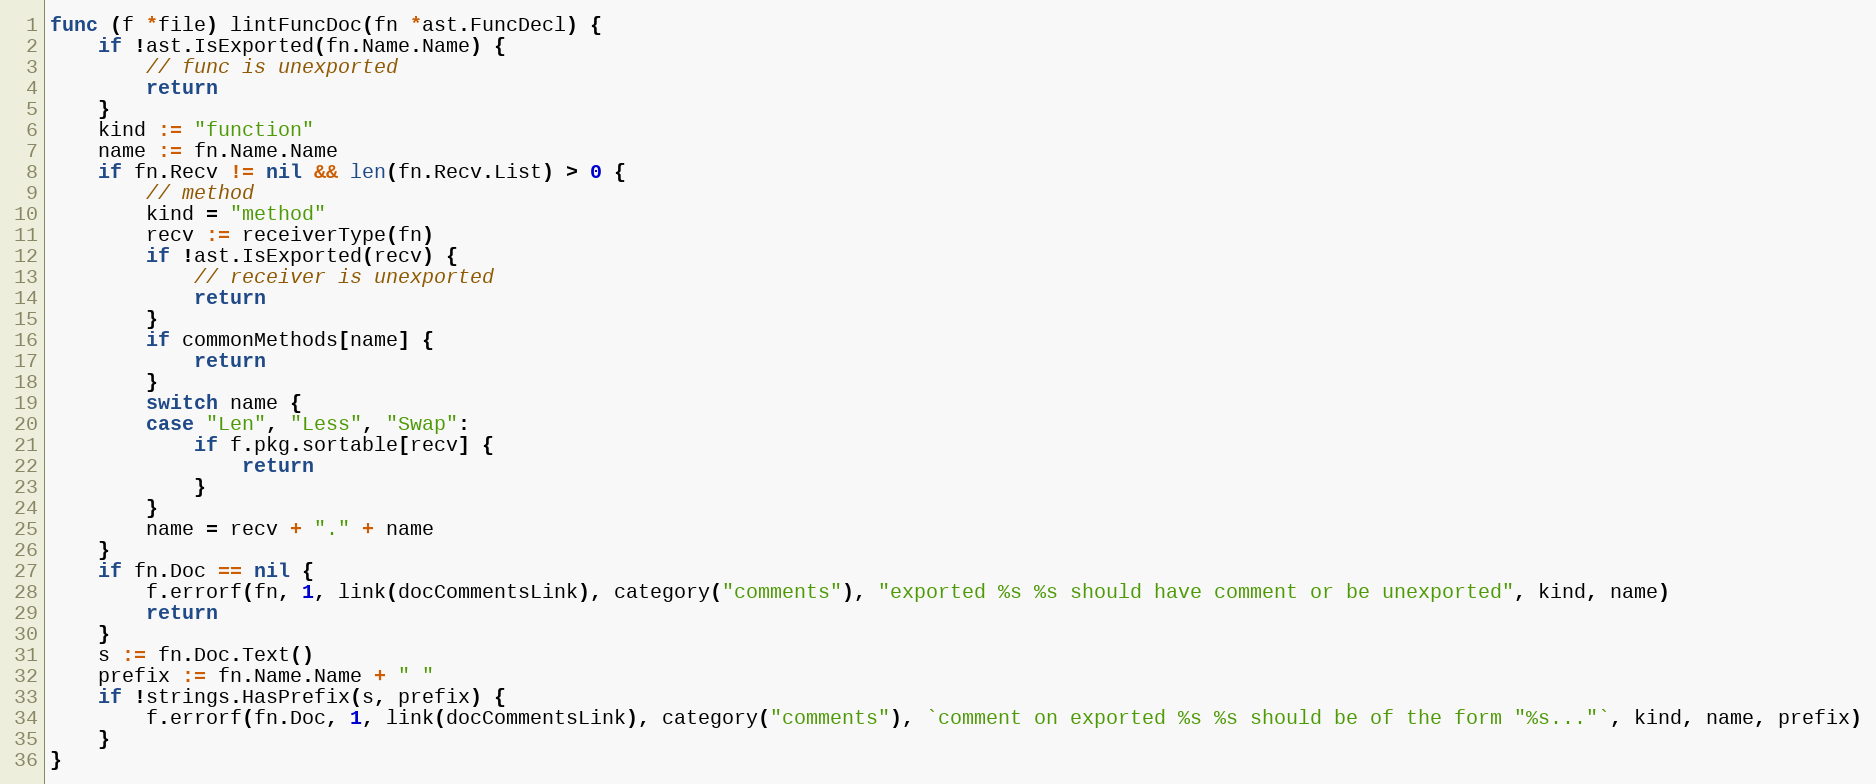
Language: Go
func (f *file) lintFuncDoc(fn *ast.FuncDecl) {
	if !ast.IsExported(fn.Name.Name) {
		// func is unexported
		return
	}
	kind := "function"
	name := fn.Name.Name
	if fn.Recv != nil && len(fn.Recv.List) > 0 {
		// method
		kind = "method"
		recv := receiverType(fn)
		if !ast.IsExported(recv) {
			// receiver is unexported
			return
		}
		if commonMethods[name] {
			return
		}
		switch name {
		case "Len", "Less", "Swap":
			if f.pkg.sortable[recv] {
				return
			}
		}
		name = recv + "." + name
	}
	if fn.Doc == nil {
		f.errorf(fn, 1, link(docCommentsLink), category("comments"), "exported %s %s should have comment or be unexported", kind, name)
		return
	}
	s := fn.Doc.Text()
	prefix := fn.Name.Name + " "
	if !strings.HasPrefix(s, prefix) {
		f.errorf(fn.Doc, 1, link(docCommentsLink), category("comments"), `comment on exported %s %s should be of the form "%s..."`, kind, name, prefix)
	}
}